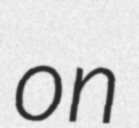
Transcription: on